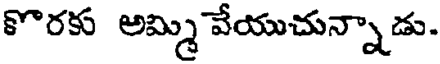
కొరకు అమ్మి వేయుచున్నాడు.